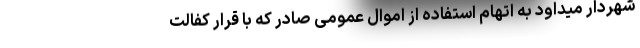
شهردار میداود به اتهام استفاده از اموال عمومی صادر که با قرار کفالت